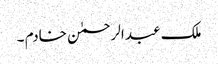
ملک عبد الرحمٰن خادم ۔